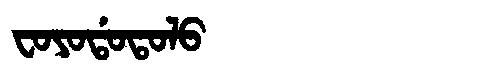
Manchu: ᠸᠣᠶᠣᡩᠣᡨᠣᠯᠣ
Romanization: FOYODOTOLO